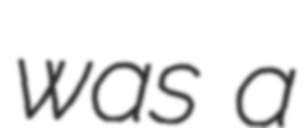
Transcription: was a